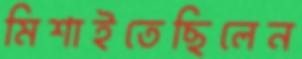
মিশাইতেছিলেন